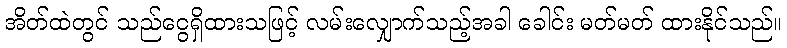
အိတ်ထဲတွင် သည်ငွေရှိထားသဖြင့် လမ်းလျှောက်သည့်အခါ ခေါင်း မတ်မတ် ထားနိုင်သည်။